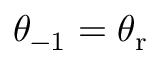
\theta _ { - 1 } = \theta _ { \mathrm { r } }